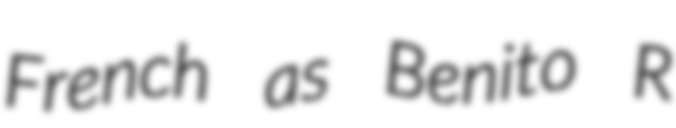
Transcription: French as Benito R